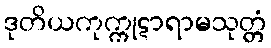
ဒုတိယကုက္ကုဋာရာမသုတ္တံ